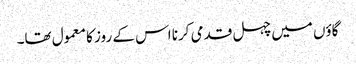
گاؤں میں چہل قدمی کرنا اس کے روز کا معمول تھا۔